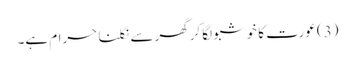
(3) عورت کا خوشبو لگا کرگھر سے نکلنا حرام ہے۔